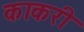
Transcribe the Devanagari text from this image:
काकरी